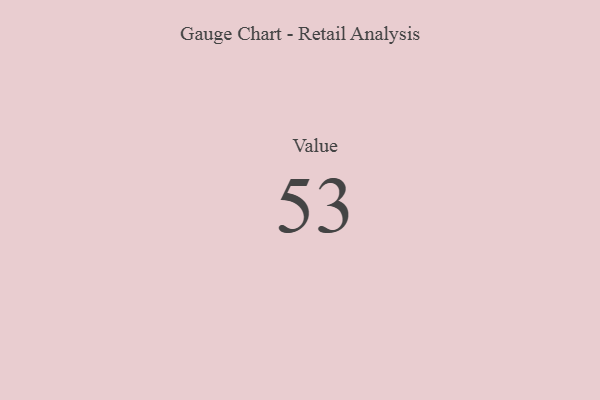
{"axis": {"x": "Metric", "y": "Value"}, "legend": [""], "data": [{"x": "Value", "y": 53, "type": ""}]}